Triennial report on the lunatic asylums in the province of Eastern Bengal and Assam - 1903-1911
Year: 1903
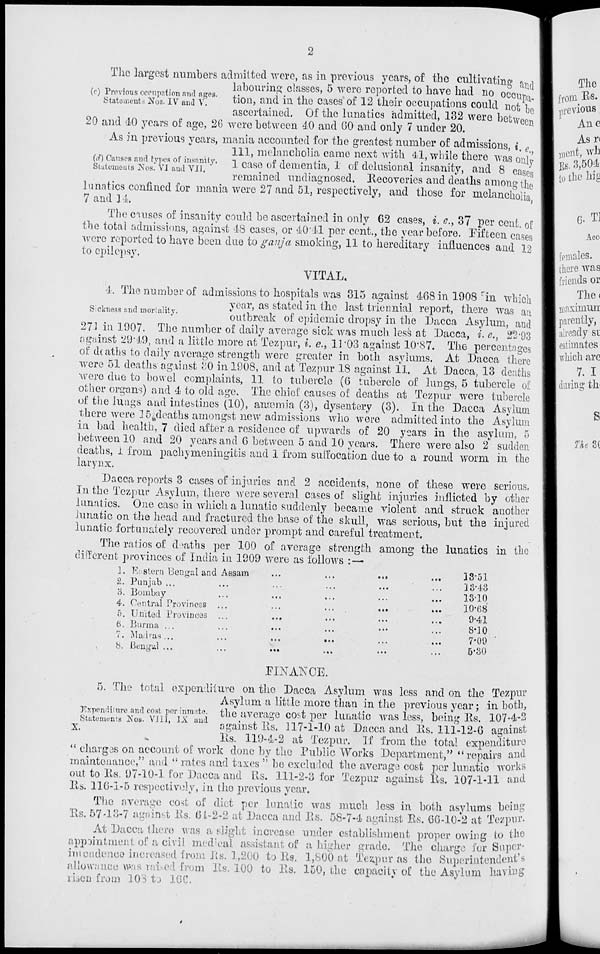
2
(c) Previous occupation and ages.
Statements Nos. IV and V.
The largest numbers admitted were, as in previous years, of the cultivating and
labouring classes, 5 were reported to have had no occupa-
tion, and in the cases of 12 their occupations could not be
ascertained. Of the lunatics admitted, 132 were between
20 and 40 years of age, 26 were between 40 and 60 and only 7 under 20.
(d) Causes and types of insanity.
Statements Nos. VI and VII.
As in previous years, mania accounted for the greatest number of admissions, i.e.,
111, melancholia came next with 41, while there was only
1 case of dementia, 1 of delusional insanity, and 8 cases
remained undiagnosed. Recoveries and deaths among the
lunatics confined for mania were 27 and 51, respectively, and those for melancholia
7 and 14.
The causes of insanity could be ascertained in only 62 cases, i. e., 37 per cent. of
the total admissions, against 48 cases, or 40.41 per cent., the year before. Fifteen cases
were reported to have been due to ganja smoking, 11 to hereditary influences and 12
to epilepsy.
VITAL.
Sickness and mortality.
4. The number of admissions to hospitals was 315 against 468 in 1908 in which
year, as stated in the last triennial report, there was an
outbreak of epidemic dropsy in the Dacca Asylum, and
271 in 1907. The number of daily average sick was much less at Dacca, i. e., 22.93
against 29.49, and a little more at Tezpur, i. e., 11.03 against 10.87. The percentages
of deaths to daily average strength were greater in both asylums. At Dacca there
were 51 deaths against 30 in 1908, and at Tezpur 18 against 11. At Dacca, 13 deaths
were due to bowel complaints, 11 to tubercle (6 tubercle of lungs, 5 tubercle of
other organs) and 4 to old age. The chief causes of deaths at Tezpur were tubercle
of the lungs and intestines (10), anæmia (3), dysentery (3). In the Dacca Asylum
there were 15 deaths amongst new admissions who were admitted into the Asylum
in bad health, 7 died after a residence of upwards of 20 years in the asylum, 5
between 10 and 20 years and 6 between 5 and 10 years. There were also 2 sudden
deaths, 1 from pachymeningitis and 1 from suffocation due to a round worm in the
larynx.
Dacca reports 3 cases of injuries and 2 accidents, none of these were serious.
In the Tezpur Asylum, there were several cases of slight injuries inflicted by other
lunatics. One case in which a lunatic suddenly became violent and struck another
lunatic on the head and fractured the base of the skull, was serious, but the injured
lunatic fortunately recovered under prompt and careful treatment.
The ratios of deaths per 100 of average strength among the lunatics in the
different provinces of India in 1909 were as follows :—
1.
2.
3.
4.
5.
6.
7.
8.
Eastern Bengal and Assam
...
...
...
...
Punjab ... ... ... ... ... ...
Bombay ... ... ... ... ...
Central Provinces ...
...
...
...
...
United Provinces ...
...
... ... ...
Burma ...
...
...
...
...
...
Madras ...
...
...
...
...
...
Bengal ...
...
...
... ... ...
13.51
13.43
13.10
10.68
9.41
8.10
7.09
5.30
FINANCE.
Expenditure and cost per inmate.
Statements is Nos. VIII, IX and
X.
5. The total expenditure on the Dacca Asylum was less and on the Tezpur
Asylum a little more than in the previous year ; in both,
the average cost per lunatic was less, being Rs. 107-4-3
against Rs. 117-1-10 at Dacca and Rs. 111-12-6 against
Rs. 119-4-2 at Tezpur. If from the total expenditure
" charges on account of work done by the Public Works Department," "repairs and
maintenance," and " rates and taxes " be excluded the average cost per lunatic works
out to Rs. 97-10-1 for Dacca and Rs. 111-2-3 for Tezpur against Rs. 107-1-11 and
Rs. 116-1-5 respectively, in the previous year.
The average cost of diet per lunatic was much less in both asylums being
Rs. 57-13-7 against Rs. 64-2-2 at Dacca and Rs. 58-7-4 against Rs. 66-10-2 at Tezpur.
At Dacca there was a slight increase under establishment proper owing to the
appointment of a civil medical assistant of a higher grade. The charge for Super-
intendence increased from Rs. 1,200 to Rs. 1 ,800 at Tezpur as the Superintendent's
allowance was rated from Rs. 100 to Rs. 150, the capacity of the Asylum having
risen from 108 to 166.